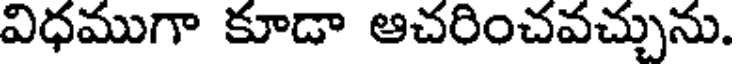
విధముగా కూడా ఆచరించవచ్చును.